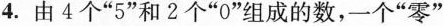
4.由4个“5”和2个“0”组成的数，一个“零”